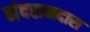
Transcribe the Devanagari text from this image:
नंदरामदास